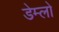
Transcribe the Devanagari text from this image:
डेम्लो